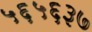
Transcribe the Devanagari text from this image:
५६५६३७